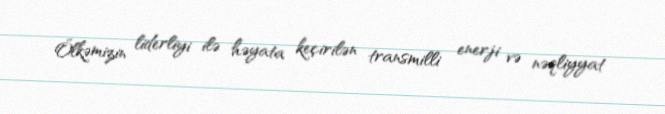
Ölkəmizin liderliyi ilə həyata keçirilən transmilli enerji və nəqliyyat